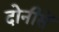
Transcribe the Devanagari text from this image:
दोनीसें